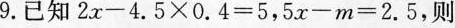
9.已知$$2x-4.5\times0.4=5$$，$$5x-m=2.5$$，则